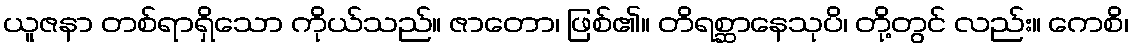
ယူဇနာ တစ်ရာရှိသော ကိုယ်သည်။ ဇာတော၊ ဖြစ်၏။ တိရစ္ဆာနေသုပိ၊ တို့တွင် လည်း။ ကေစိ၊